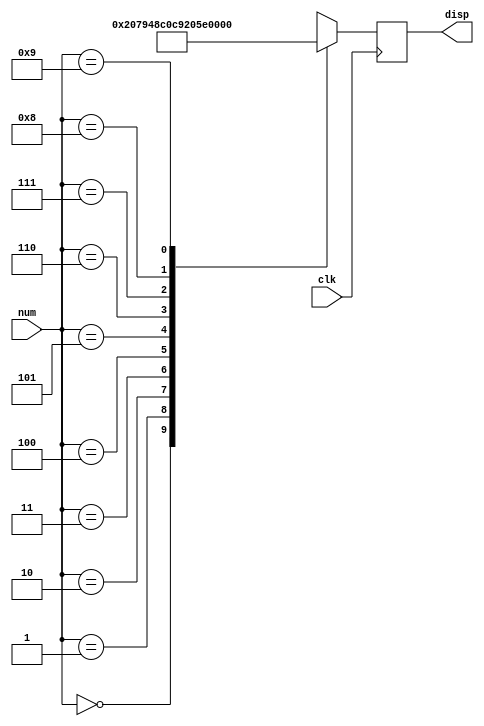
`timescale 1ns / 1ps
//////////////////////////////////////////////////////////////////////////////////
// Company: 
// Engineer: 
// 
// Design Name: 
// Module Name: disp_num
// Project Name: 
// Target Devices: 
// Tool Versions: 
// Description: 
// 
// Dependencies: 
// 
// Revision:
// Revision 0.01 - File Created
// Additional Comments:
// 
//////////////////////////////////////////////////////////////////////////////////


module disp_num(
    input [3:0] num,
    input clk,
    output reg [6:0] disp
    );
    wire [6:0] map[9:0];
    assign map[0] = 7'b1000000;
    assign map[1] = 7'b1111001;
    assign map[2] = 7'b0100100;
    assign map[3] = 7'b0110000;
    assign map[4] = 7'b0011001;
    assign map[5] = 7'b0010010;
    assign map[6] = 7'b0000010;
    assign map[7] = 7'b1111000;
    assign map[8] = 7'b0000000;
    assign map[9] = 7'b0011000;
    always @(posedge clk) begin 
        disp = map[num];
    end
endmodule